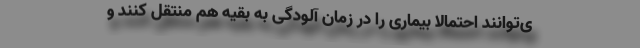
ی‌توانند احتمالا بیماری را در زمان آلودگی به بقیه هم منتقل کنند و